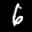
Label: 6